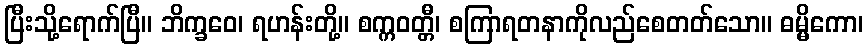
ပြီးသို့ရောက်ပြီ။ ဘိက္ခဝေ၊ ရဟန်းတို့။ စက္ကဝတ္တီ၊ စကြာရတနာကိုလည်စေတတ်သော။ ဓမ္မိကော၊